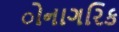
ોનાગરિક